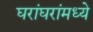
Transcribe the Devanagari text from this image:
घरांघरांमध्ये